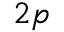
2 p